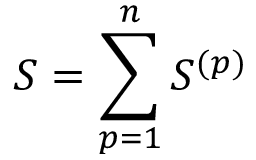
S = \sum _ { p = 1 } ^ { n } S ^ { ( p ) }